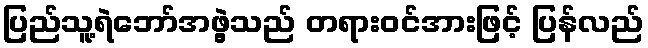
ပြည်သူ့ရဲဘော်အဖွဲ့သည် တရားဝင်အားဖြင့် ပြန်လည်